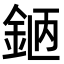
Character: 𨦖